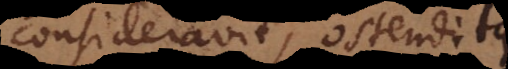
consideravit, ostenditque